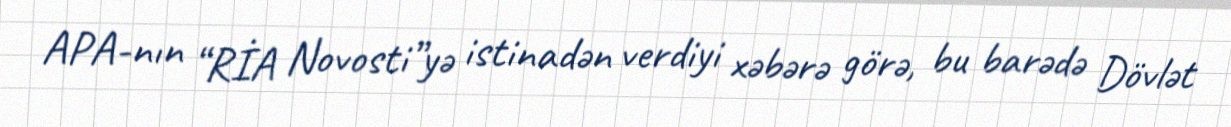
APA-nın “RİA Novosti”yə istinadən verdiyi xəbərə görə, bu barədə Dövlət